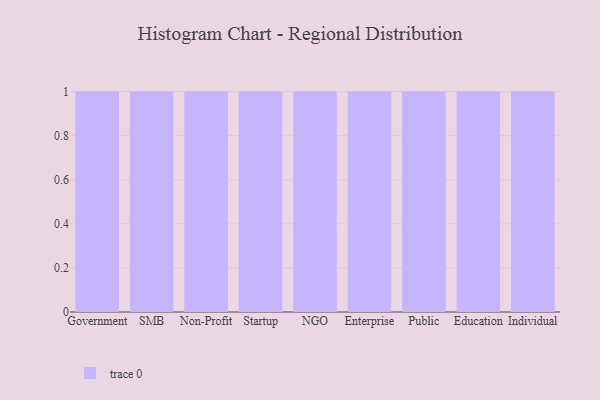
{"axis": {"x": "Segment", "y": "Conversion Rate (%)"}, "legend": [""], "data": [{"x": "Government", "y": 17, "type": ""}, {"x": "SMB", "y": 76, "type": ""}, {"x": "Non-Profit", "y": 9, "type": ""}, {"x": "Startup", "y": 87, "type": ""}, {"x": "NGO", "y": 50, "type": ""}, {"x": "Enterprise", "y": 20, "type": ""}, {"x": "Public", "y": 20, "type": ""}, {"x": "Education", "y": 5, "type": ""}, {"x": "Individual", "y": 20, "type": ""}]}